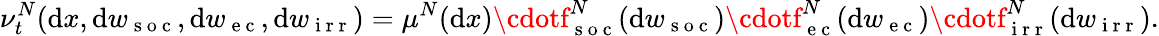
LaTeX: \nu_{t}^{N}(\mathrm{d}x,\mathrm{d}w_{\mathrm{{~s~o~c~}}},\mathrm{d}w_{\mathrm{{~e~c~}}},\mathrm{d}w_{\mathrm{{~i~r~r~}}})=\mu^{N}(\mathrm{d}x)\cdotf_{\mathrm{{~s~o~c~}}}^{N}(\mathrm{d}w_{\mathrm{{~s~o~c~}}})\cdotf_{\mathrm{{~e~c~}}}^{N}(\mathrm{d}w_{\mathrm{{~e~c~}}})\cdotf_{\mathrm{{~i~r~r~}}}^{N}(\mathrm{d}w_{\mathrm{{~i~r~r~}}}).